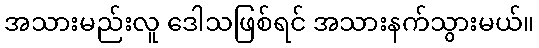
အသားမည်းလူ ဒေါသဖြစ်ရင် အသားနက်သွားမယ်။